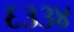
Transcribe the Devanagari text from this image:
६३३४